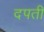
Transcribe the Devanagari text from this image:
दपती